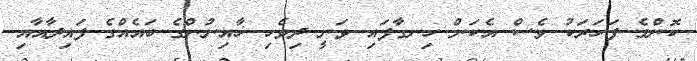
ކޮންމެ ފަހަރަކު ވެސް އެކަން ހިނގާފައި ވަނީ ދިވެހި ޚާއިނުންގެ ބައެއްގެ ފައިދާއާއި